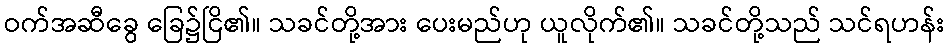
ဝက်အဆီခွေ ခြေ၌ငြိ၏။ သခင်တို့အား ပေးမည်ဟု ယူလိုက်၏။ သခင်တို့သည် သင်ရဟန်း